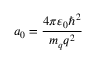
a _ { 0 } = { \frac { 4 \pi \varepsilon _ { 0 } \hbar ^ { 2 } } { m _ { q } q ^ { 2 } } }